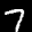
Label: 7